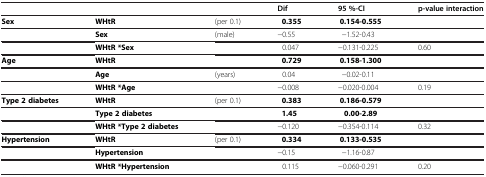
<table><thead><tr><td><b> </b></td><td><b> </b></td><td><b> </b></td><td><b>Dif</b></td><td><b>95 %-CI</b></td><td><b>p-value interaction</b></td></tr></thead><tbody><tr><td><b>Sex</b></td><td><b>WHtR</b></td><td>(per 0.1)</td><td><b>0.355</b></td><td><b>0.154-0.555</b></td><td> </td></tr><tr><td> </td><td><b>Sex</b></td><td>(male)</td><td>−0.55</td><td>−1.52-0.43</td><td> </td></tr><tr><td> </td><td><b>WHtR *Sex</b></td><td> </td><td>0.047</td><td>−0.131-0.225</td><td>0.60</td></tr><tr><td><b>Age</b></td><td><b>WHtR</b></td><td> </td><td><b>0.729</b></td><td><b>0.158-1.300</b></td><td> </td></tr><tr><td> </td><td><b>Age</b></td><td>(years)</td><td>0.04</td><td>−0.02-0.11</td><td> </td></tr><tr><td> </td><td><b>WHtR *Age</b></td><td> </td><td>−0.008</td><td>−0.020-0.004</td><td>0.19</td></tr><tr><td><b>Type 2 diabetes</b></td><td><b>WHtR</b></td><td>(per 0.1)</td><td><b>0.383</b></td><td><b>0.186-0.579</b></td><td> </td></tr><tr><td> </td><td><b>Type 2 diabetes</b></td><td> </td><td><b>1.45</b></td><td><b>0.00-2.89</b></td><td> </td></tr><tr><td> </td><td><b>WHtR *Type 2 diabetes</b></td><td> </td><td>−0.120</td><td>−0.354-0.114</td><td>0.32</td></tr><tr><td><b>Hypertension</b></td><td><b>WHtR</b></td><td>(per 0.1)</td><td><b>0.334</b></td><td><b>0.133-0.535</b></td><td> </td></tr><tr><td> </td><td><b>Hypertension</b></td><td> </td><td>−0.15</td><td>−1.16-0.87</td><td> </td></tr><tr><td> </td><td><b>WHtR *Hypertension</b></td><td> </td><td>0.115</td><td>−0.060-0.291</td><td>0.20</td></tr></tbody></table>